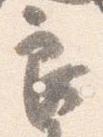
良